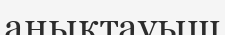
анықтауыш